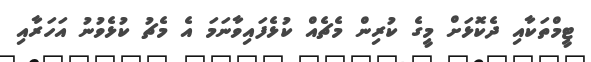
ޓީމްތަކާއި ދެކޮޅަށް މީގެ ކުރިން މެޗެއް ކުޅެފައިވާނަމަ އެ މެޗު ކުޅެވުނު އަހަރާއި